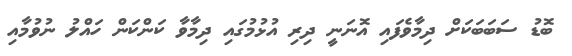
ބޮޑު ސަބަބަކަށް ދިމާވެފައި އޮނަނީ ދިރި އުޅުމުގައި ދިމާވާ ކަންކަން ހައްލު ނުވުމާއި